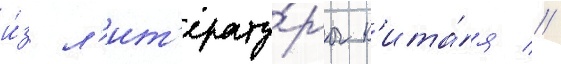
и́з л'ит'ерату́ры к'ита́я //